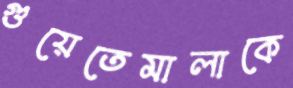
গুয়েতেমালাকে